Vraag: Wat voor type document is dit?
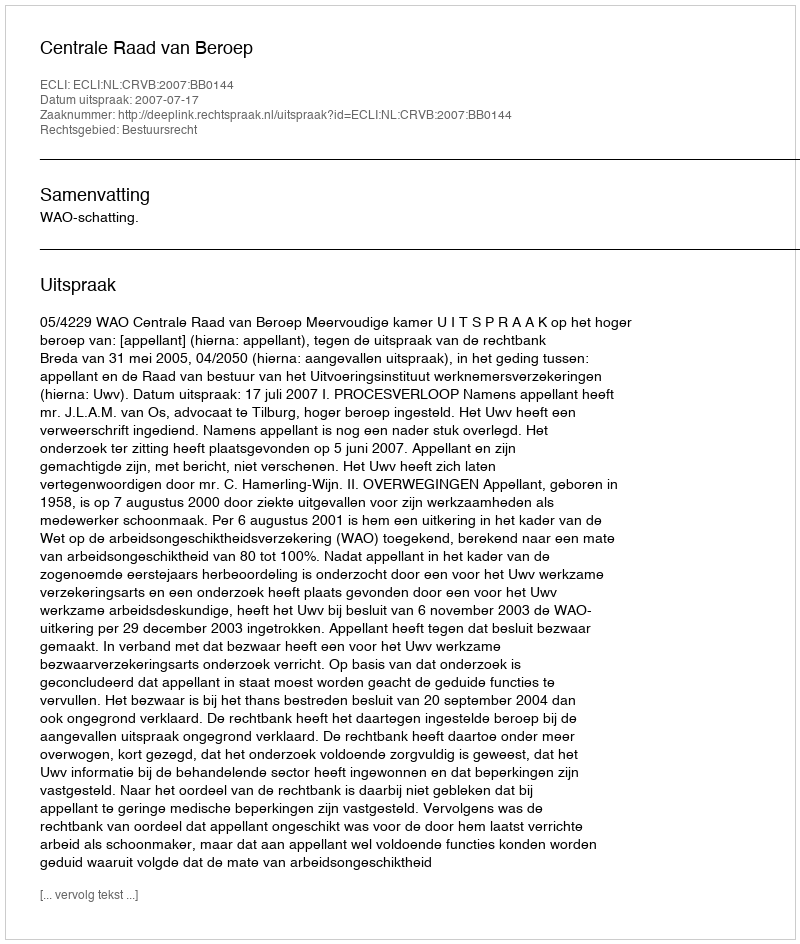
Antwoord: Uitspraak